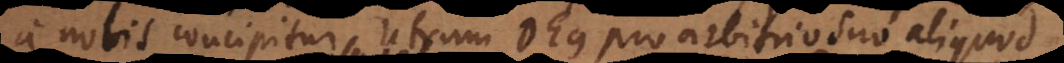
a nobis concipitur. Utrum Deus pro arbitrio suo aliquod